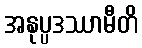
အနုပ္ပဒဿာမီတိ